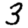
Digit: 3